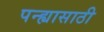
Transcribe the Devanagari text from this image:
पन्ह्यासाठी